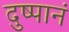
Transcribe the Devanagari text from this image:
दुष्पानं